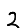
Digit: 2